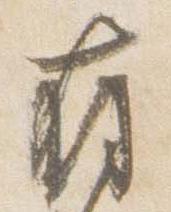
存